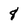
Character: 8